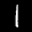
Label: 1